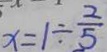
x = 1 \div \frac { 2 } { 5 }